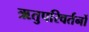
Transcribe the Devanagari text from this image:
ऋतुपरिवर्तनों